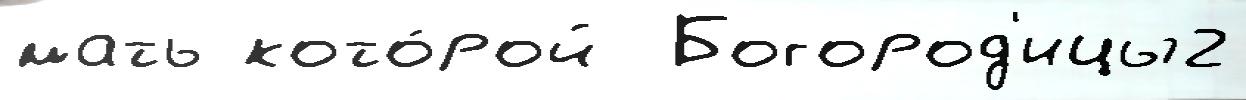
мать кото́рой  Богород'ицы2